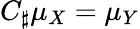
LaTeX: C_{\sharp}\mu_{X}=\mu_{Y}